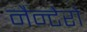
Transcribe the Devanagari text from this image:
नैन्टेरो